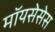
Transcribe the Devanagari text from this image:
मॉयसेसेस